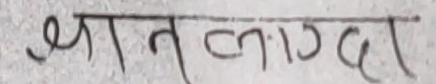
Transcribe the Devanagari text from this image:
ज्ञान लाग्दा